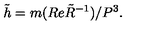
\tilde { h } = m ( R e { \tilde { R } } ^ { - 1 } ) / P ^ { 3 } .